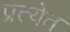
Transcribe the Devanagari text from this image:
प्रत्येत